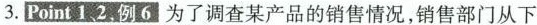
3.Point1，2。例6为了调查某产品的销售情况，销售部门从下